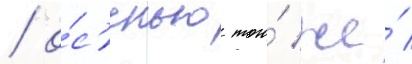
/ о́с'енью того́ же́